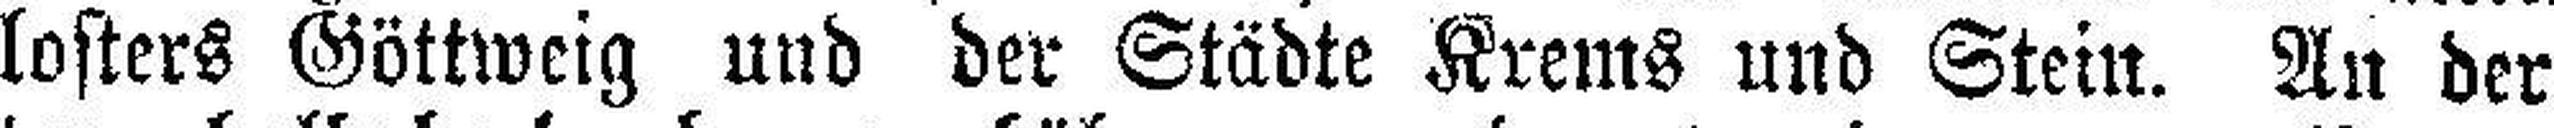
Klosters Göttweig und der Städte Krems und Stein. An der